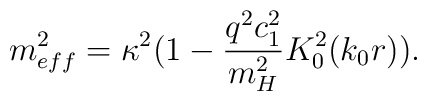
m_{eff}^2 = \kappa^2 ( 1 - \frac{q^2 c_1^2}{m_H^2} K_0^2(k_0r)).